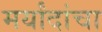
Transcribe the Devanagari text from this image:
मर्यांदांचा